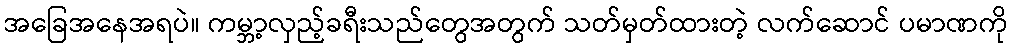
အခြေအနေအရပဲ။ ကမ္ဘာ့လှည့်ခရီးသည်တွေအတွက် သတ်မှတ်ထားတဲ့ လက်ဆောင် ပမာဏကို